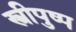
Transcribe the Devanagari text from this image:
स्त्रीपुष्प